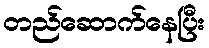
တည်ဆောက်နေပြီး